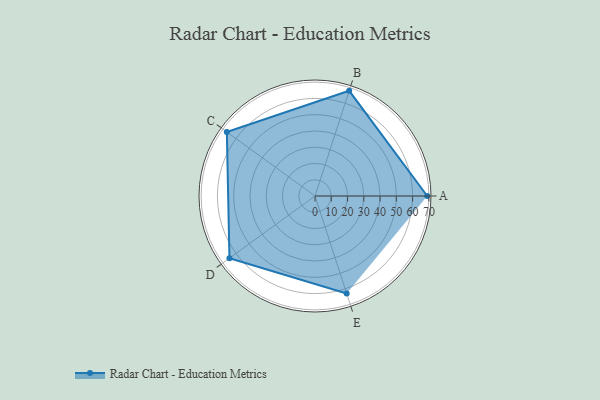
{"axis": {"x": "Skill", "y": "Score"}, "legend": ["Profile"], "data": [{"x": "A", "y": 69.0, "type": "Profile"}, {"x": "B", "y": 68.0, "type": "Profile"}, {"x": "C", "y": 67.0, "type": "Profile"}, {"x": "D", "y": 65.0, "type": "Profile"}, {"x": "E", "y": 63.0, "type": "Profile"}]}